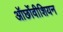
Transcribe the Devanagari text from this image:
ऑर्छोवीशियन